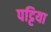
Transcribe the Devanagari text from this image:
पट्टिया